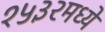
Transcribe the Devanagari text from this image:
१५३२मध्ये